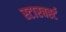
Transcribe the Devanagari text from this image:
स्टारबर्स्ट